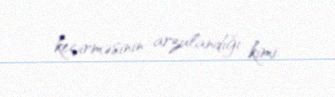
keçirməsinin arzulandığı kimi.